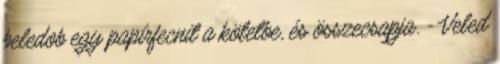
beledob egy papírfecnit a kötetbe, és összecsapja. - Veled